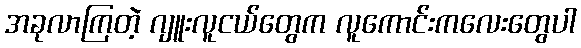
အခုလာကြတဲ့ ဂျူးလူငယ်တွေက လူကောင်းကလေးတွေပါ